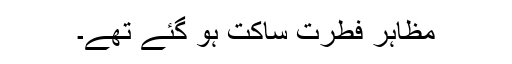
مظاہر فطرت ساکت ہو گئے تھے۔